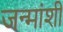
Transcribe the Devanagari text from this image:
जन्मांशी